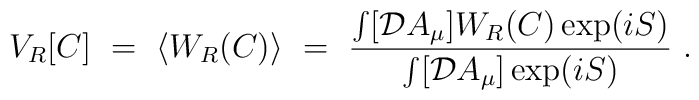
V_R[C]~=~\langle W_R(C) \rangle ~=~{ \int [{\cal D}A_{\mu}] W_R(C) \exp (iS)\over \int [{\cal D}A_{\mu}] \exp (iS) }~.